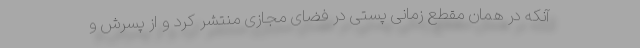
آنکه در همان مقطع زمانی پستی در فضای مجازی منتشر کرد و از پسرش و